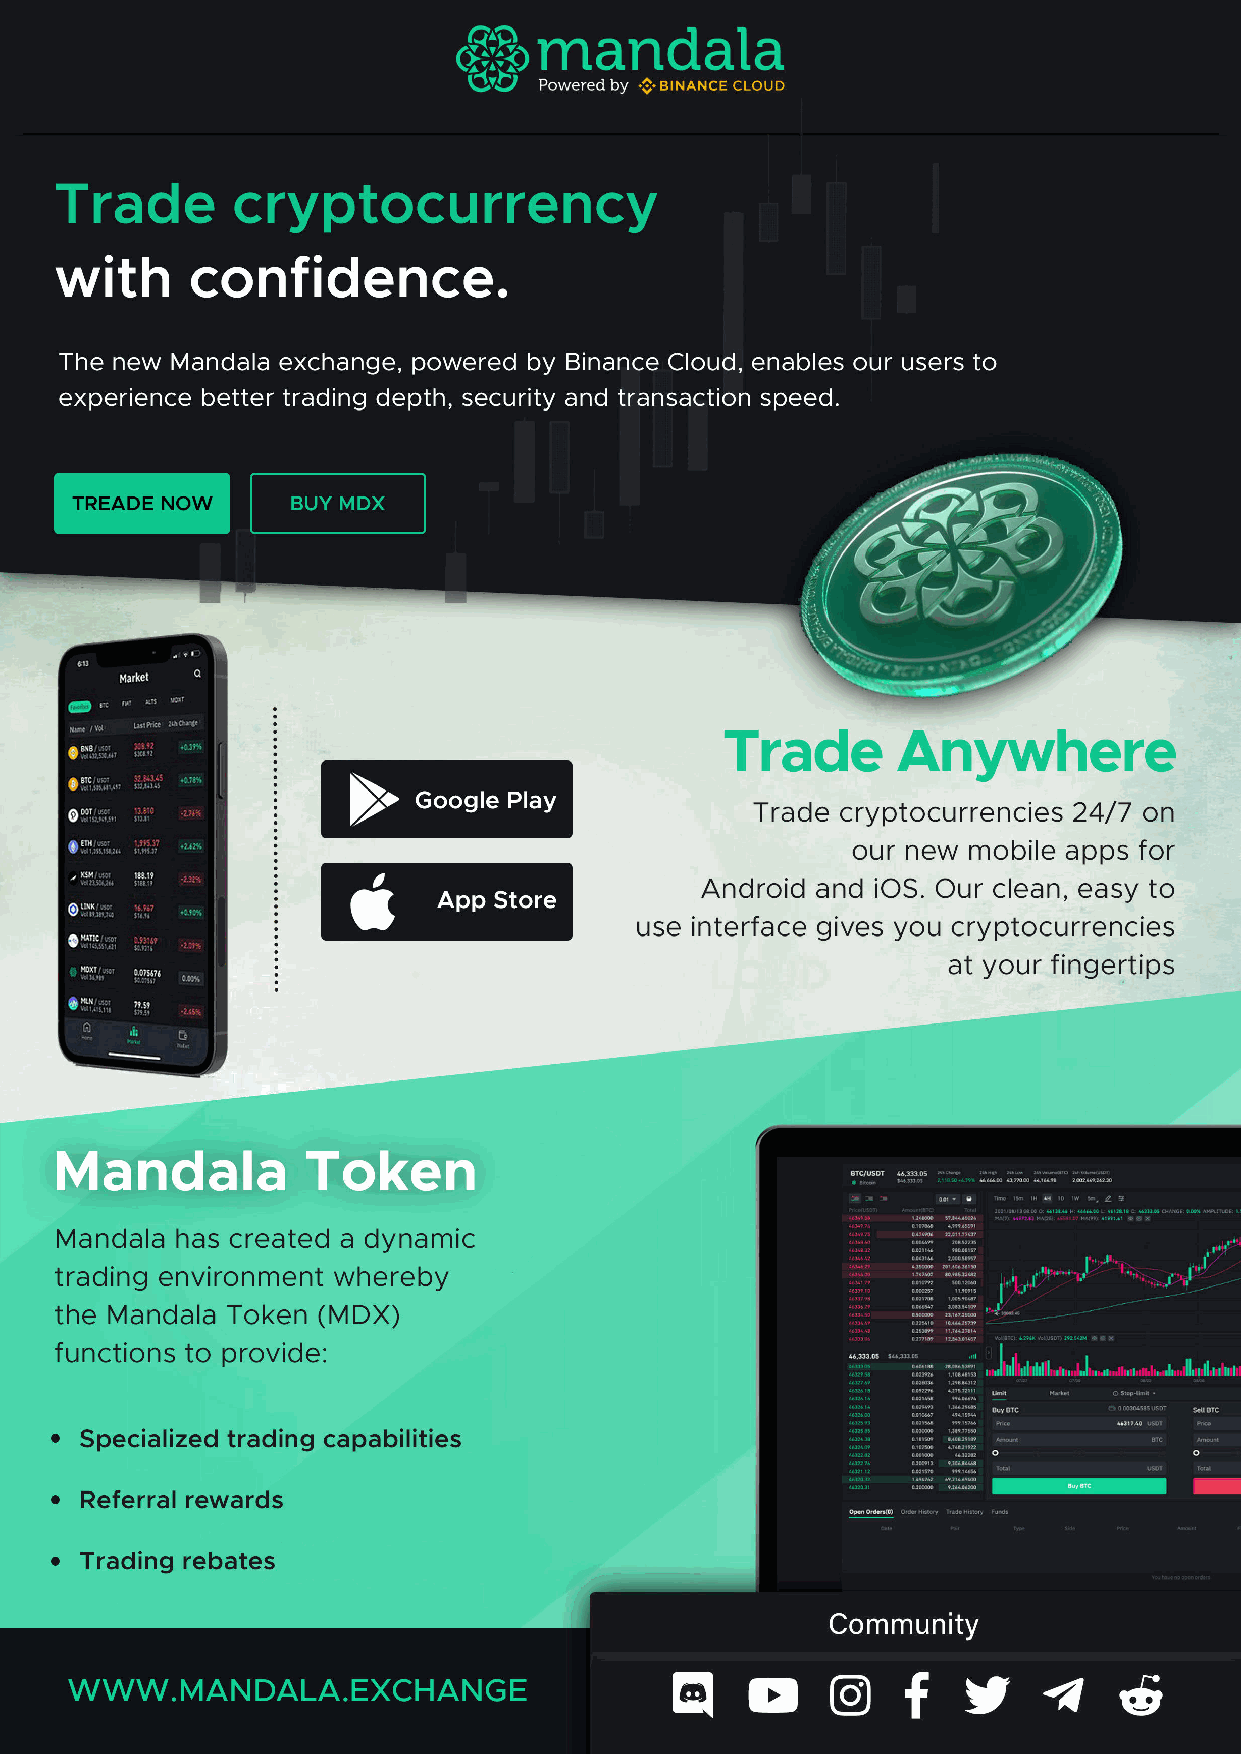
Cryptonaire Weekly | November 16TH 2021 33                  +44 (0) 207 193 2931